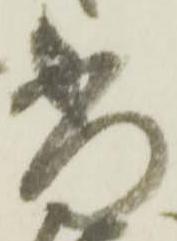
当